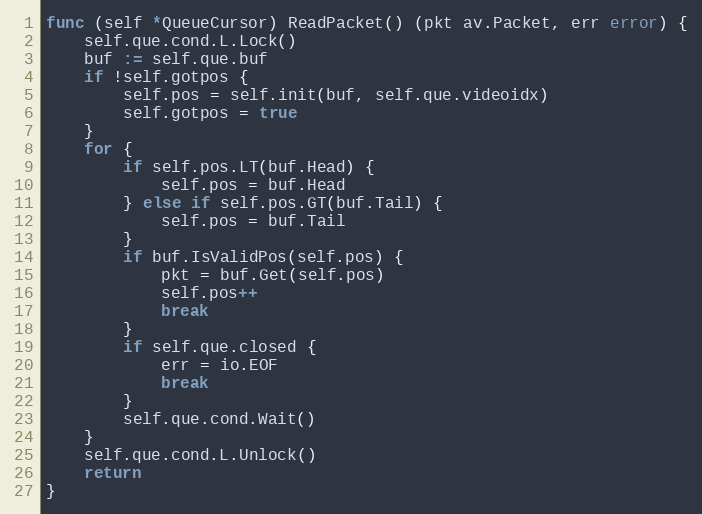
Language: Go
func (self *QueueCursor) ReadPacket() (pkt av.Packet, err error) {
	self.que.cond.L.Lock()
	buf := self.que.buf
	if !self.gotpos {
		self.pos = self.init(buf, self.que.videoidx)
		self.gotpos = true
	}
	for {
		if self.pos.LT(buf.Head) {
			self.pos = buf.Head
		} else if self.pos.GT(buf.Tail) {
			self.pos = buf.Tail
		}
		if buf.IsValidPos(self.pos) {
			pkt = buf.Get(self.pos)
			self.pos++
			break
		}
		if self.que.closed {
			err = io.EOF
			break
		}
		self.que.cond.Wait()
	}
	self.que.cond.L.Unlock()
	return
}